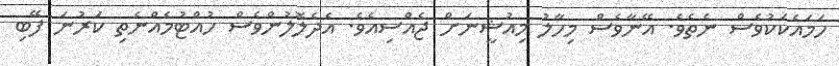
ހަމައެކަކުވެސް ނެތެވެ. އޭނާވެސް މިހާލު މިއުޝީނަށް ޖެއްސިއެވެ. އެދެލޮލުންވެސް ހުއްޓުމެއްނެތި ކަރުނަ ފޭބި